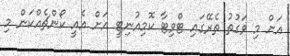
އަށް މި ވަގުތު ތެރޭގައި ޓްވިޓާ ކޮމިއުނިޓީ އަށް އެއީ ކޯންޗެއްކަން މި